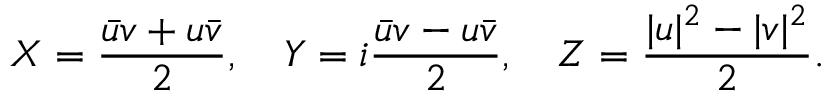
X = \frac { \bar { u } v + u \bar { v } } { 2 } , \quad Y = i \frac { \bar { u } v - u \bar { v } } { 2 } , \quad Z = \frac { | u | ^ { 2 } - | v | ^ { 2 } } { 2 } .